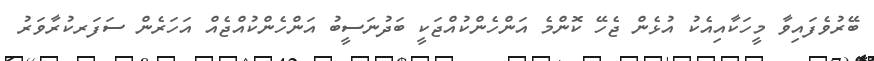
ބޭރުވެފައިވާ މީހަކާއިއެކު އުޅެން ޖެހޭ ކޮންމެ އަންހެންކުއްޖަކީ ބަދުނަސީބު އަންހެންކުއްޖެއް އަހަރެން ސަފަރކުރާވަރު